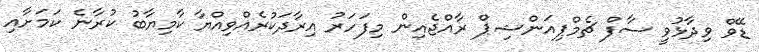
ޑޭވް ވިދާޅުވީ ސާފް ޗެމްޕިއަންޝިޕް ރާއްޖެއިން މިފަހަރު އިރާދަކުރެއްވިއްޔާ ކާމިޔާބު ކުރާނެ ކަމަށާއި